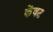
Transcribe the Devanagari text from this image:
केंवट